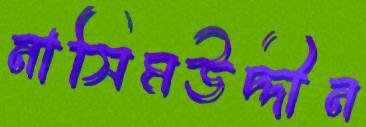
নাসিমউদ্দীন